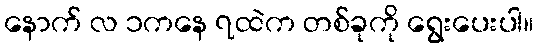
နောက် လ ၁ကနေ ၇ထဲက တစ်ခုကို ရွေးပေးပါ။